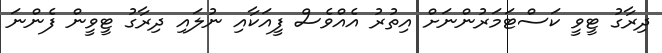
ދިރާގު ޓީވީ ކަސްޓަމަރުންނަށް އިތުރު އެއްވެސް ފީއަކާއި ނުލައި ދިރާގު ޓީވީން ފެންނަ